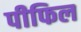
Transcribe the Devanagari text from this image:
पीफिल